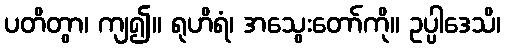
ပတိတွာ၊ ကျ၍။ ရုဟိရံ၊ အသွေးတော်ကို။ ဥပ္ပါဒေသိ၊